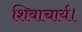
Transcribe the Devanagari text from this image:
शिवाचार्य।